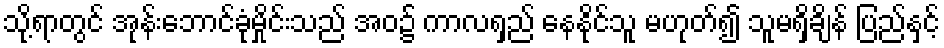
သို့ရာတွင် အုန်းဘောင်ခုံမှိုင်းသည် အဝ၌ ကာလရှည် နေနိုင်သူ မဟုတ်၍ သူမရှိချိန် ပြည်နှင့်